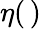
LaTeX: \eta(\, )